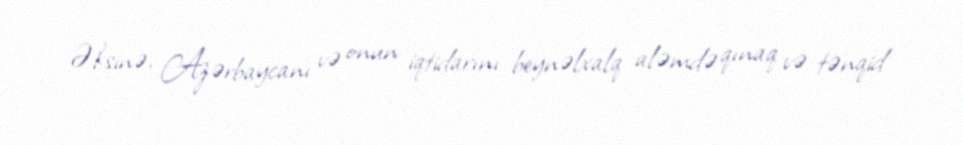
Əksinə, Azərbaycanı və onun iqtidarını beynəlxalq aləmdə qınaq və tənqid